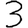
Digit: 3